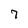
Character: 7